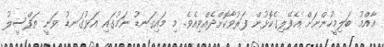
ޢާއްމު ބަލިމީހުންނަށް އެފޭލިގެކޮޅުން ފަރުވާކޮށްދެއްވިއެވެ. މި މައިގަނޑު ނަމުގައި އަޅުގަނޑު ވަނީ ތަފްސީލު